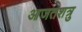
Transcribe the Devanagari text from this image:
आजतशत्रु